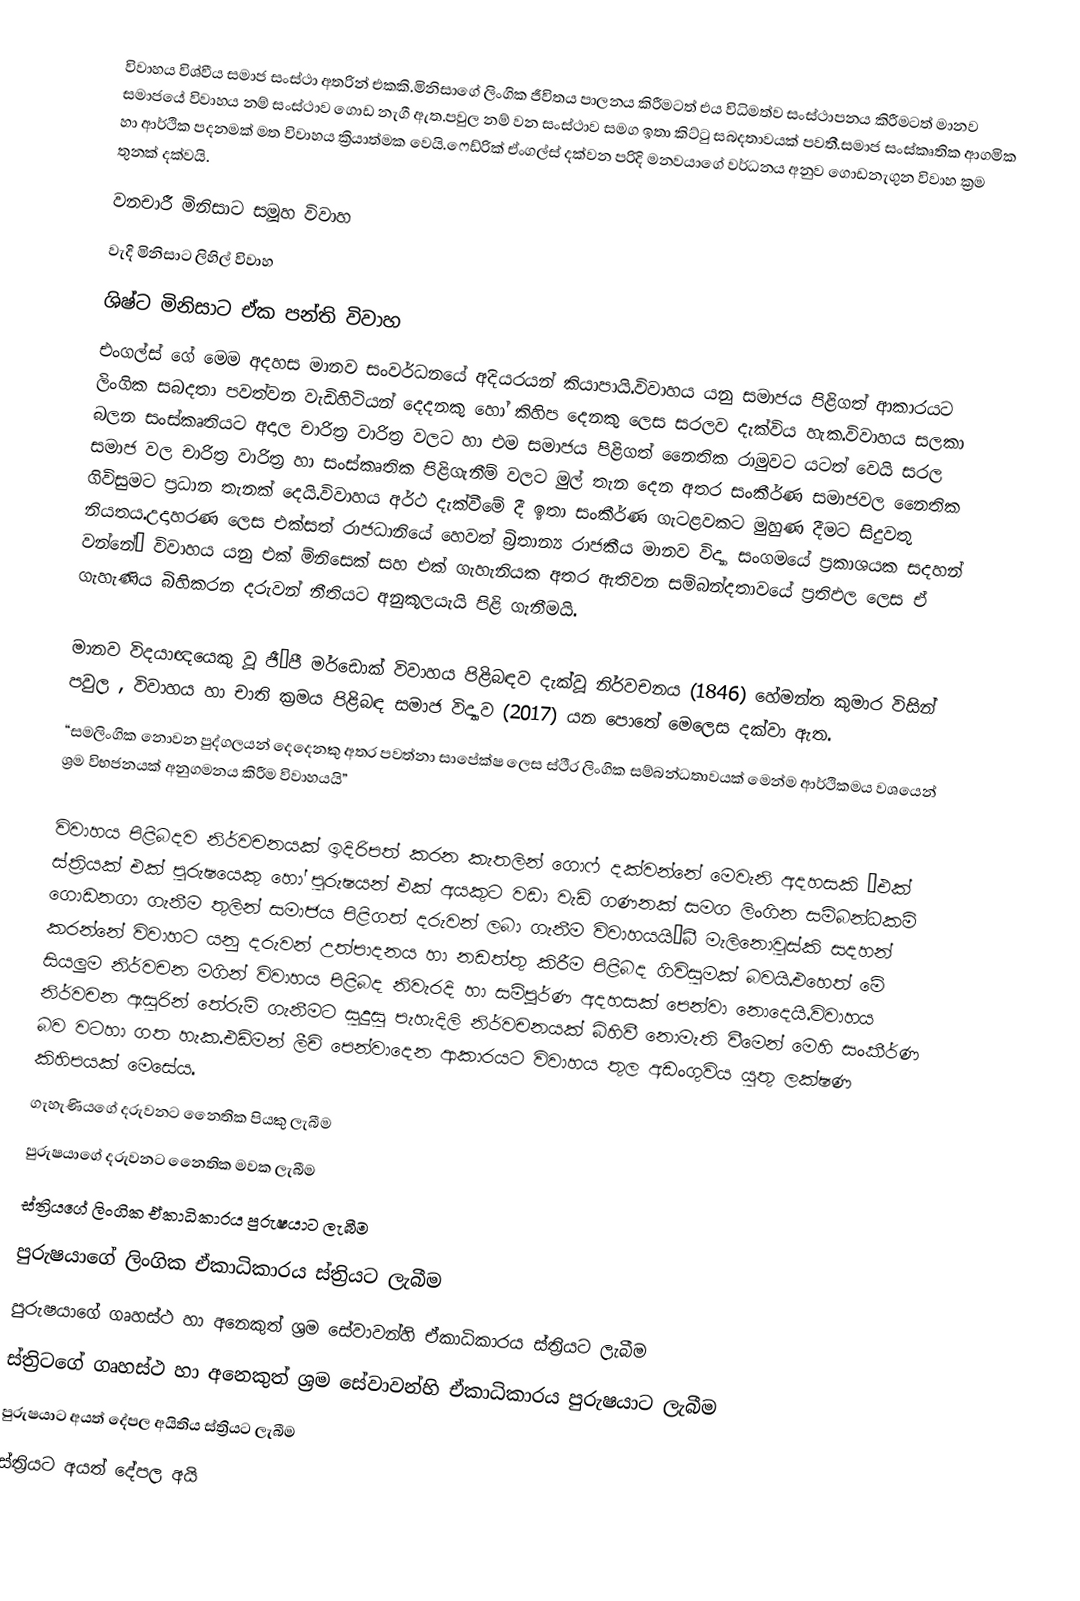
විවාහය විශ්වීය සමාජ සංස්ථා අතරින් එකකි.මිනිසාගේ ලිංගික ජීවිතය පාලනය කිරීමටත් එය විධිමත්ව සංස්ථාපනය කිරීමටත් මානව සමාජයේ විවාහය නම් සංස්ථාව ගොඩ නැගී ඇත.පවුල නම් වන සංස්ථාව සමග ඉතා කිට්ටු සබදතාවයක් පවතී.සමාජ සංස්කෘතික ආගමික හා ආර්ථික පදනමක් මත විවාහය ක්‍රියාත්මක වෙයි.ෆෙඩ්රික් ඒංගල්ස් දක්වන පරිදි මනවයාගේ වර්ධනය අනුව ගොඩනැගුන විවාහ ක්‍රම තුනක් දක්වයි.
 වනචාරී මිනිසාට සමූහ විවාහ
 වැදි මිනිසාට ලිහිල් විවාහ
 ශිෂ්ට මිනිසාට ඒක පන්ති විවාහ
එංගල්ස් ගේ මෙම අදහස මානව සංවර්ධනයේ අදියරයන් කියාපායි.විවාහය යනු සමාජය පිළිගත් ආකාරයට ලිංගික සබදතා පවත්වන වැඩිහිටියන් දෙදනකු හෝ කිහිප දෙනකු ලෙස සරලව දැක්විය හැක.විවාහය සලකා බලන සංස්කෘතියට අදාල චාරිත්‍ර වාරිත්‍ර වලට හා එම සමාජය පිළිගත් නෙෙතික රාමුවට යටත් වෙයි සරල සමාජ වල චාරිත්‍ර වාරිත්‍ර හා සංස්කෘතික පිළිගැනීම් වලට මුල් තැන දෙන අතර සංකීර්ණ සමාජවල නෙෙතික ගිවිසුමට ප්‍රධාන තැනක් දෙයි.විවාහය අර්ථ දැක්වීමේ දී ඉතා සංකීර්ණ ගැටළවකට මුහුණ දීමට සිදුවතු නියතය.උදාහරණ ලෙස එක්සත් රාජධානියේ හෙවත් බ්‍රිතාන්‍ය රාජකීය   මානව විද්‍යා සංගමයේ  ප්‍රකාශයක සදහන් වන්නේ“ විවාහය යනු එක් ම්නිසෙක් සහ එක් ගැහැනියක අතර ඇතිවන සම්බන්දතාවයේ ප්‍රතිඵල ලෙස ඒ ගැහැණිය බිහිකරන දරුවන් නීතියට අනුකූලයැයි පිළි ගැනීමයි.

මානව විදයාඥයෙකු වූ ජී·පී මර්ඩොක් විවාහය පිළිබඳව දැක්වූ නිර්වචනය (1846)  හේමන්ත කුමාර විසින් පවුල , විවාහය හා චාති ක්‍රමය පිළිබඳ සමාජ විද්‍යාව (2017) යන පොතේ මෙලෙස දක්වා ඇත.
 “සමලිංගික නොවන පුද්ගලයන් දෙදෙනකු අතර පවත්නා සාපේක්ෂ ලෙස ස්ථීර ලිංගික සම්බන්ධතාවයක් මෙන්ම ආර්ථිකමය වශයෙන් ශ්‍රම විභජනයක් අනුගමනය කිරීම විවාහයයි”

විවාහය පිළිබදව නිර්වචනයක් ඉදිරිපත් කරන කැතලින් ගොෆ් දක්වන්නේ මෙවැනි අදහසකි “එක් ස්ත්‍රියක් එක් පුරුෂයෙකු හෝ පුරුෂයන් එක් අයකුට වඩා වැඩි ගණනක් සමග ලිංගින සම්බන්ධකම් ගොඩනගා ගැනීම තුලින් සමාජය පිළිගත් දරුවන් ලබා ගැනීම විවාහයයි”බී මැලිනොවුස්කි සදහන් කරන්නේ විවාහට යනු දරුවන් උත්පාදනය හා නඩත්තු කිරීම පිළිබද ගිවිසුමක් බවයි.එහෙත් මේ සියලුම නිර්වචන මගින් විවාහය පිළිබද නිවැරදි හා සම්පූර්ණ අදහසක් පෙන්වා නොදෙයි.විවාහය නිර්වචන ඇසුරින් තේරුම් ගැනීමට සුදුසු පැහැදිලි නිර්වචනයක් බිහිවී නොමැති වීමෙන් මෙහි සංකීර්ණ බව වටහා ගත හැක.එඩ්මන් ලීචි පෙන්වාදෙන ආකාරයට විවාහය තුල අඩංගුවිය යුතු ලක්ෂණ කිහිපයක් මෙසේය.
 ගැහැණියගේ දරුවනට නෙෙතික පියකු ලැබීම
 පුරුෂයාගේ දරුවනට නෙෙතික මවක ලැබීම
 ස්ත්‍රියගේ ලිංගික ඒකාධිකාරය පුරුෂයාට ලැබීම
 පුරුෂයාගේ ලිංගික ඒකාධිකාරය ස්ත්‍රියට ලැබීම
 පුරුෂයාගේ ගෘහස්ථ හා අනෙකුත් ශ්‍රම සේවාවන්හි ඒකාධිකාරය ස්ත්‍රියට ලැබීම
 ස්ත්‍රිටගේ ගෘහස්ථ හා අනෙකුත් ශ්‍රම සේවාවන්හි ඒකාධිකාරය පුරුෂයාට ලැබීම
 පුරුෂයාට අයත් දේපල අයිතිය ස්ත්‍රියට ලැබීම
 ස්ත්‍රියට  අයත් දේපල අයි